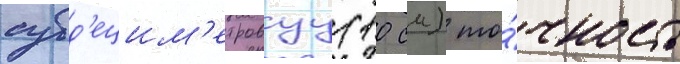
субд'ецим'етровуу (10 см) то́чность